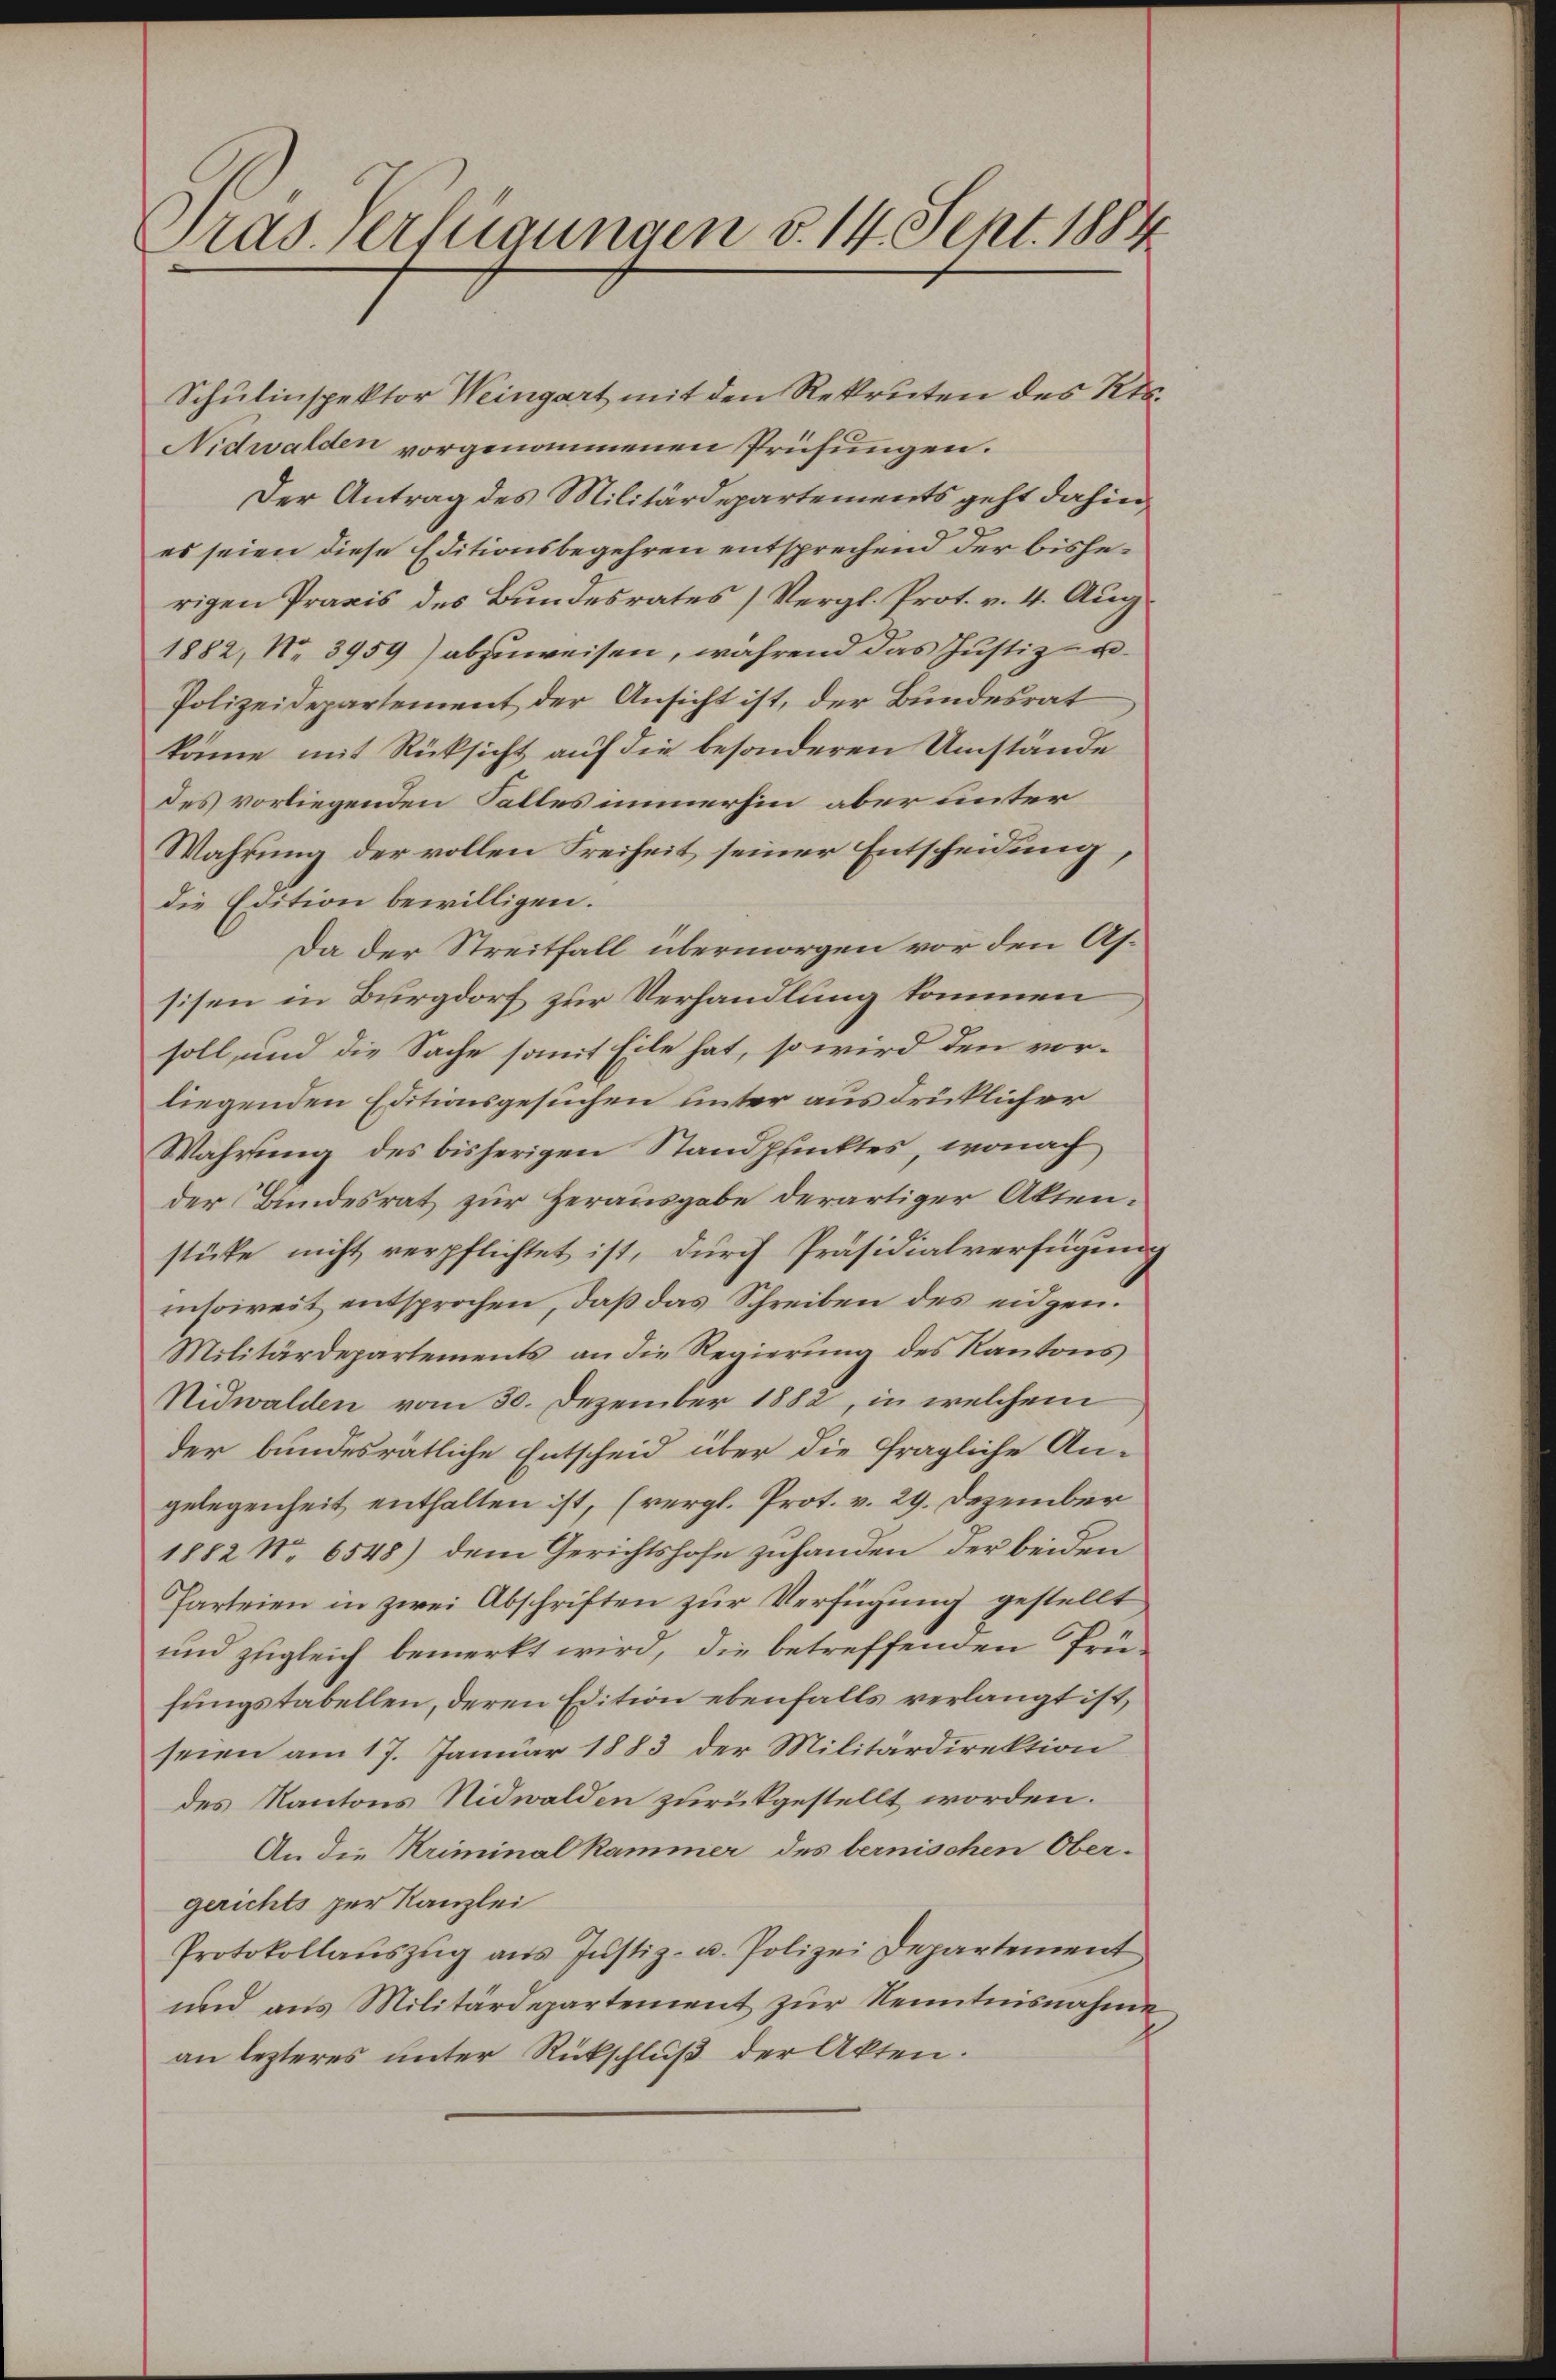
ras verfügungen d. 14. Sept. 1884

Schulinspektor Weingart mit den Rekruten des Kts.
Nidwalden vorgenommenen Prüfungen.
Der Antrag des Militärdepartements geht dahin
es seien diese Editionsbegehren entsprechend der bisherigen Praxis des Bundesrates (Vergl. Prot. v. 4. Aug.
1882, No 3959) abzuweisen, während das Justiz- u
Polizeidepartement der Ansicht ist, der Bundesrat
könne mit Rücksicht auf die besonderen Umstände
des vorliegenden Falles immerhin aber unter
Wahrung der vollen Freiheit seiner Entscheidung,
die Edition bewilligen.
Da der Streitfall übermorgen vor den Assisen in Burgdorf zur Verhandlung kommen
soll, und die Sache somit Eile hat, so wird den vorliegenden Editionsgesuchen unter ausdrücklicher
Wahrung des bisherigen Standpunktes, wonach
der Bundesrat zur Herausgabe derartiger Aktenstüke nicht verpflichtet ist, durch Präsidialverfügung
insoweit entsprochen, daß das Schreiben des eidgen.
Militärdepartements an die Regierung des Kantons
Nidwalden vom 30. Dezember 1882, in welchem
der bundesrätliche Entscheid über die fragliche An-
gelegenheit enthalten ist, (vergl. Prot. v. 29. Dezember
1882 No 6548) dem Gerichtshofe zuhanden, der beiden
Parteien in zwei Abschriften zur Verfügung gestellt
und zugleich bemerkt wird, die betreffenden Prüfungstabellen, deren Edition ebenfalls verlangt ist,
seien am 17. Januar 1883 der Militärdirektion
des Kantons Nidwalden zurückgestellt worden.
An die Kriminal Kammer des bernischen Obergerichts per Kanzlei
Protokollauszug aus Justiz- u. Polizei Departement
und ans Militärdepartement zŭr Kenntnisnahme
an lezteres unter Rückschluß der Akten.